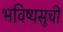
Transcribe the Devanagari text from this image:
भविष्यसूची